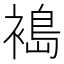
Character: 𫌈